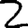
Digit: 2